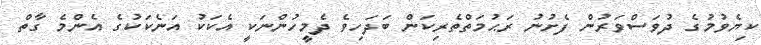
ކިޔެވުމުގެ ދުވަސްވަރުން ފެށުނު ރަޙުމަތްތެރިކަން ބަދަހިވެ ދެމީހުންނަކީ އެކަކު އަނެކަކުގެ އެންމެ ގާތް